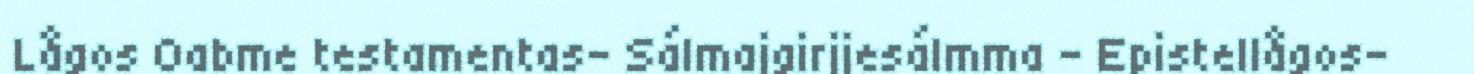
Lågos Oabme testamentas- Sálmajgirjjesálmma - Epistellågos-